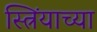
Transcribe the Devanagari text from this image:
स्त्रिंयाच्या